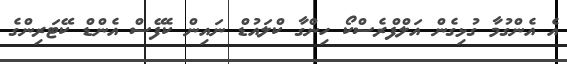
އެ އެންގުމާ ގުޅިގެން އަލްފްރެސްކޯ ހިންގާ ކްލައުޑް ނައިން ކެފޭސް އެންޑް ކޭޓަރިންގެ